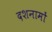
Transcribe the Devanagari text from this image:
दशनामों